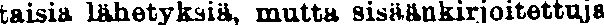
taisia lähetyksiä, mutta sisäänkirjoitettuja